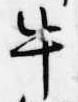
牛